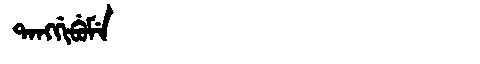
Manchu: ᡨᠠᠩᡤᡳᠪᡠᠮᡝ
Romanization: TANGGIBUME